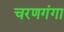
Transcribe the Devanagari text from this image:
चरणगंगा